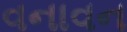
વનાવન